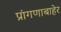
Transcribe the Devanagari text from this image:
प्रांगणाबाहेर